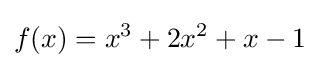
f(x)=x^{3}+2x^{2}+x-1